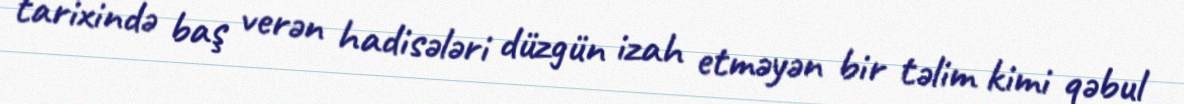
tarixində baş verən hadisələri düzgün izah etməyən bir təlim kimi qəbul